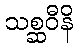
သစ္ဆဝီနိ